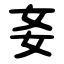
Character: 㚣